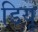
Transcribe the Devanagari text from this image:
डियू